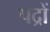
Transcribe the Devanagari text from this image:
पद्रों